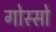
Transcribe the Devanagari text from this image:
गोस्सो